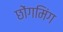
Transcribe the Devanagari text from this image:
छोंगमिंग